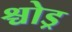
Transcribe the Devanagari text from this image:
श्चोड्र